Indian journal of veterinary science and animal husbandry - Volumes 26-27, 1956-1957
Year: 1956
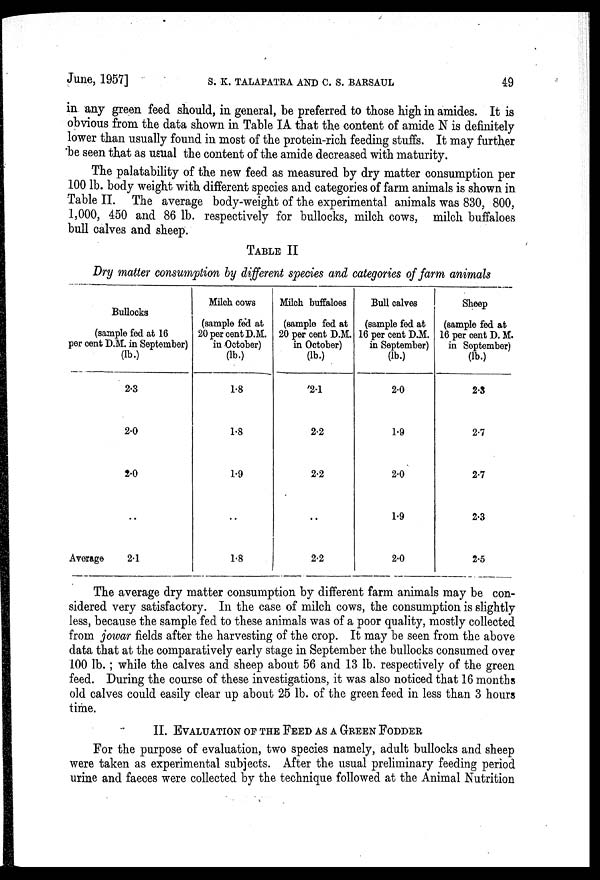
June, 1957] S. K. TALAPATRA AND C. S. BARSAUL 49
in any green feed should, in general, be preferred to those high in amides. It is
obvious from the data shown in TABLE IA that the content of amide N is definitely
lower than usually found in most of the protein-rich feeding stuffs. It may further
be seen that as usual the content of the amide decreased with maturity.
The palatability of the new feed as measured by dry matter consumption per
100 lb. body weight with different species and categories of farm animals is shown in
Table II. The average body-weight of the experimental animals was 830, 800,
1,000, 450 and 86 lb. respectively for bullocks, milch cows, milch buffaloes
bull calves and sheep.
TABLE II
Dry matter consumption by different species and categories of farm animals
Bullocks
(sample fed at 16
per cent D.M. in September)
(lb.)
2.3
2.0
2.0
..
Average
2.1
Milch cows
(sample fed at
20 per cent D.M.
in October)
(lb.)
1.8
1.8
1.9
..
1.8
Milch buffaloes
(sample fed at
20 per cent D.M.
in October)
(lb.)
2.1
2.2
2.2
..
2.2
Bull calves
(sample fed at
16 per cent D.M.
in September)
(lb.)
2.0
1.9
2.0
1.9
2.0
Sheep
(sample fed at
16 per cent D. M.
in September)
(lb.)
2.3
2.7
2.7
2.3
2.5
The average dry matter consumption by different farm animals may be con-
sidered very satisfactory. In the case of milch cows, the consumption is slightly
less, because the sample fed to these animals was of a poor quality, mostly collected
from jowar fields after the harvesting of the crop. It may be seen from the above
data that at the comparatively early stage in September the bullocks consumed over
100 lb. ; while the calves and sheep about 56 and 13 lb. respectively of the green
feed. During the course of these investigations, it was also noticed that 16 months
old calves could easily clear up about 25 lb. of the green feed in less than 3 hours
time.
II. E V A L U A T I O N O F T H E F E E D A S A
GREEN
FODDER
For the purpose of evaluation, two species namely, adult bullocks and sheep
were taken as experimental subjects. After the usual preliminary feeding period
urine and faeces were collected by the technique followed at the Animal Nutrition